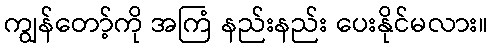
ကျွန်တော့်ကို အကြံ နည်းနည်း ပေးနိုင်မလား။